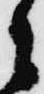
之